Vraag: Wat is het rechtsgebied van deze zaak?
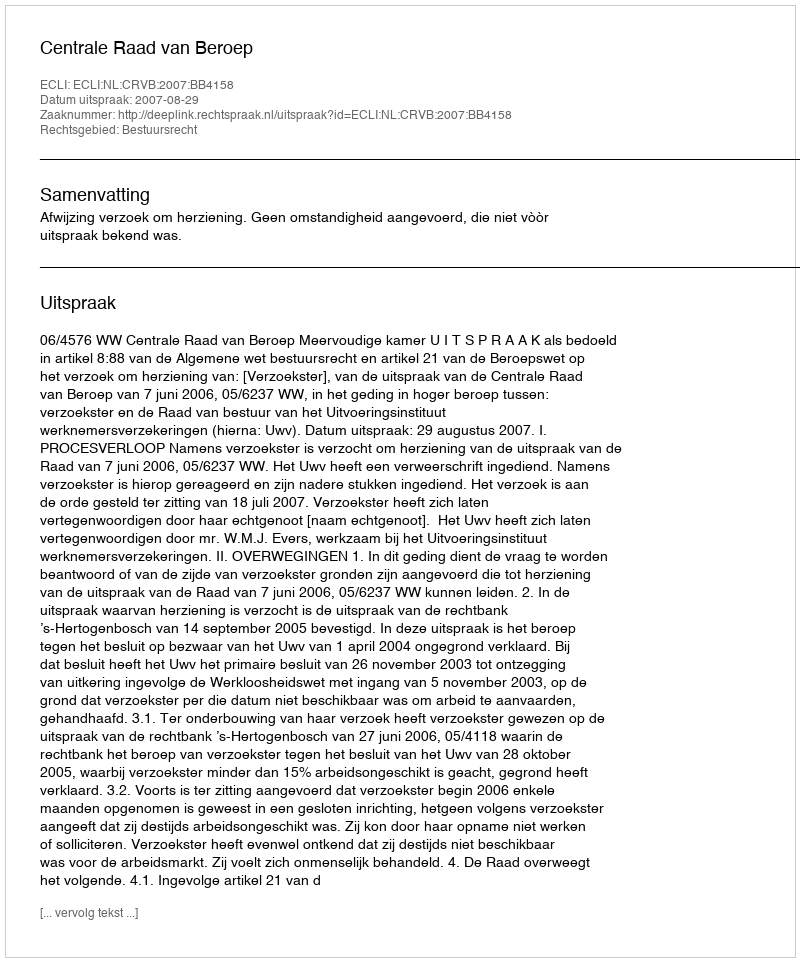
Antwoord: Bestuursrecht